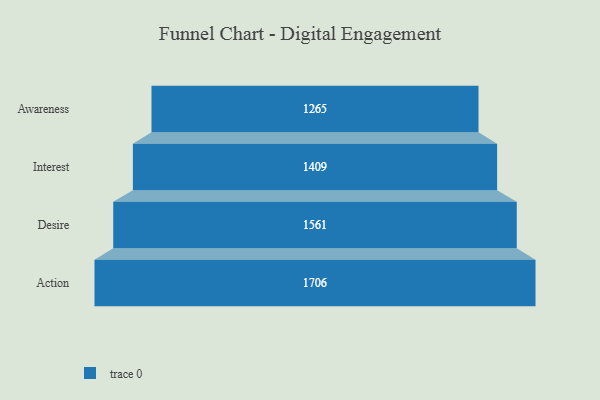
{"axis": {"x": "Stage", "y": "Value"}, "legend": [""], "data": [{"x": "Awareness", "y": 1265.0, "type": ""}, {"x": "Interest", "y": 1409.0, "type": ""}, {"x": "Desire", "y": 1561.0, "type": ""}, {"x": "Action", "y": 1706.0, "type": ""}]}